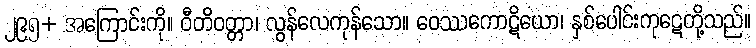
၂၉၅+ အကြောင်းကို။ ဝီတိဝတ္တာ၊ လွန်လေကုန်သော။ ဝေဿကောဋိယော၊ နှစ်ပေါင်းကုဋေတို့သည်။